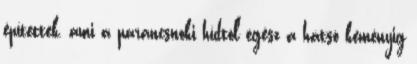
építettek, ami a parancsnoki hídtól egész a hátsó kéményig